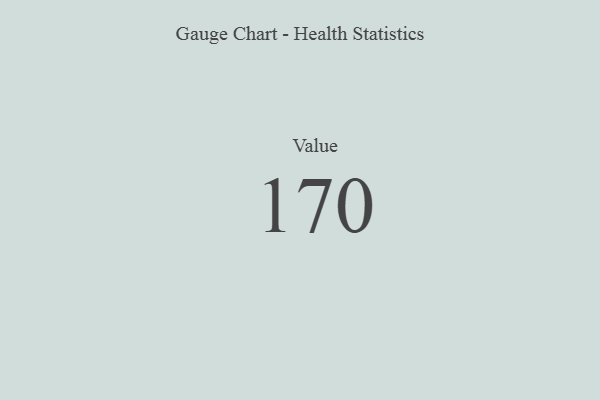
{"axis": {"x": "Metric", "y": "Value"}, "legend": [""], "data": [{"x": "Value", "y": 170, "type": ""}]}